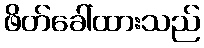
ဖိတ်ခေါ်ထားသည်